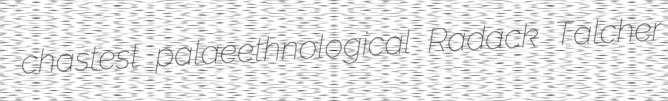
chastest palaeethnological Radack Talcher